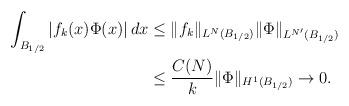
LaTeX: \begin{align*}\int_{B_{1/2}} |f_k(x)\Phi(x) |\,dx &\le \|f_k\|_{L^{N}(B_{1/2})} \|\Phi \|_{L^{N'}(B_{1/2})}\\&\le \frac{C(N)}{k}\|\Phi \|_{H^{1}(B_{1/2})}\to 0.\\\end{align*}